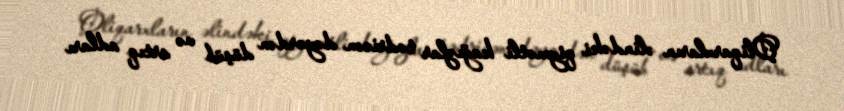
Oliqarxların əlindəki qiymətli kağızlar tədricən dəyərdən düşüb və artıq adları